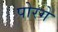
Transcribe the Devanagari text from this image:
पोरगे